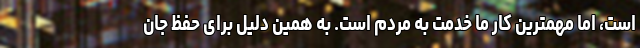
است، اما مهمترین کار ما خدمت به مردم است. به همین دلیل برای حفظ جان